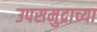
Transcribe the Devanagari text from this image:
उपसमुद्राच्या